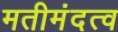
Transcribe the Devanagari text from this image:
मतीमंदत्व